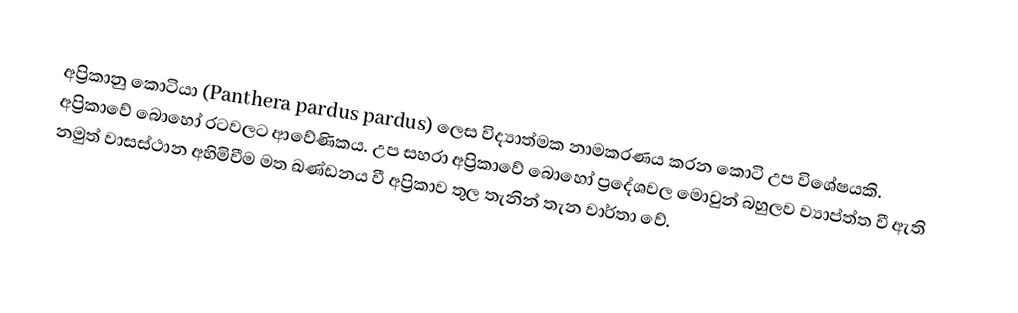
අප්‍රිකානු කොටියා (Panthera pardus pardus) ලෙස විද්‍යාත්මක නාමකරණය කරන කොටි උප විශේෂයකි. අප්‍රිකාවේ බොහෝ රටවලට ආවේණිකය. උප සහරා අප්‍රිකාවේ බොහෝ ප්‍රදේශවල මොවුන් බහුලව ව්‍යාප්ත්ත වී ඇති නමුත් වාසස්ථාන අහිමිවීම මත ඛණ්ඩනය වී අප්‍රිකාව තුල තැනින් තැන වාර්තා වේ.